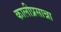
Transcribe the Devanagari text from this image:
कालीप्रसान्ना